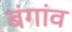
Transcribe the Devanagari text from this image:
बंगांव